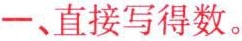
一、直接写得数。